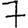
Digit: 7